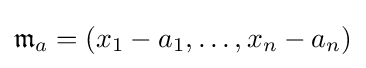
{\mathfrak {m}}_{a}=(x_{1}-a_{1},\ldots ,x_{n}-a_{n})